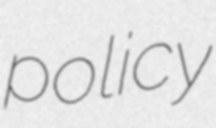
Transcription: policy